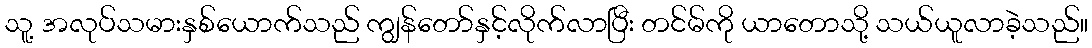
သူ့ အလုပ်သမားနှစ်ယောက်သည် ကျွန်တော်နှင့်လိုက်လာပြီး တင်မ်ကို ယာတောသို့ သယ်ယူလာခဲ့သည်။